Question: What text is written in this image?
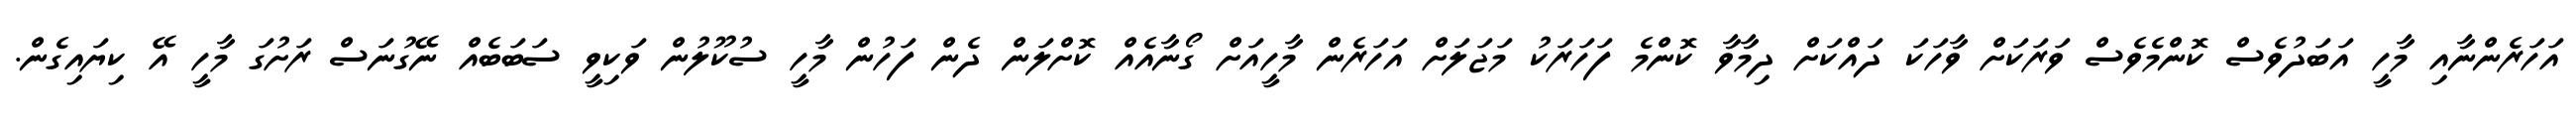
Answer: އަހަރެންނާއި މާހީ އަބަދުވެސް ކޮންމެވެސް ވަރަކަށް ވާހަކަ ދައްކަށް ދިމާވާ ކޮންމެ ފަހަރަކު މަޖަލަށް އަހަރެން މާހީއަށް ގޯނާއެއް ކޮށްލަން ދެން ފަހުން މާހީ ސުކޫލުން ވަކިވީ ސަބަބެއް ނޭގުނަސް ރަށުގަ މާހީ އޭ ކިޔައިގެން.